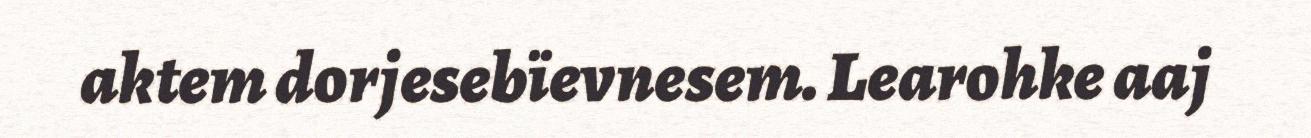
aktem dorjesebïevnesem. Learohke aaj